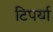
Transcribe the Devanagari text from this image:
टिपर्या